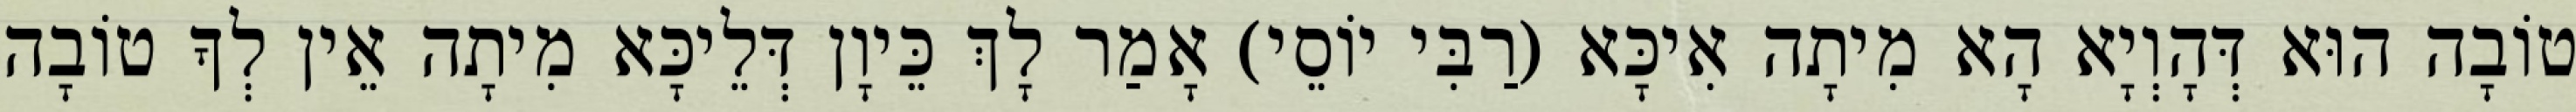
טוֹבָה הוּא דְּהָוְיָא הָא מִיתָה אִיכָּא (רַבִּי יוֹסֵי) אָמַר לָךְ כֵּיוָן דְּלֵיכָּא מִיתָה אֵין לְךָ טוֹבָה